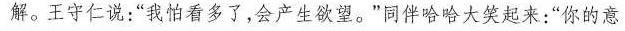
解。王守仁说：”我怕看多了，会产生欲望。”同伴哈哈大笑起来：”你的意